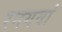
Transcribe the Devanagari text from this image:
रनगवां